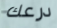
درعك